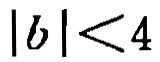
\(|b|<4\)